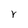
Character: r